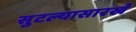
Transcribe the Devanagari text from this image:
सुटल्यासारखे